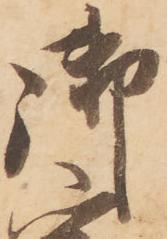
御